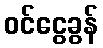
ဝင်ငွေခွန်